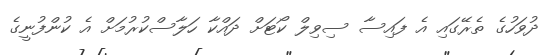
ދުވަހުގެ ތެރޭގައި އެ ފައިސާ ސިވިލް ކޯޓަށް ދައްކާ ހަލާސްކުރުމަށް އެ ކުންފުނީގެ